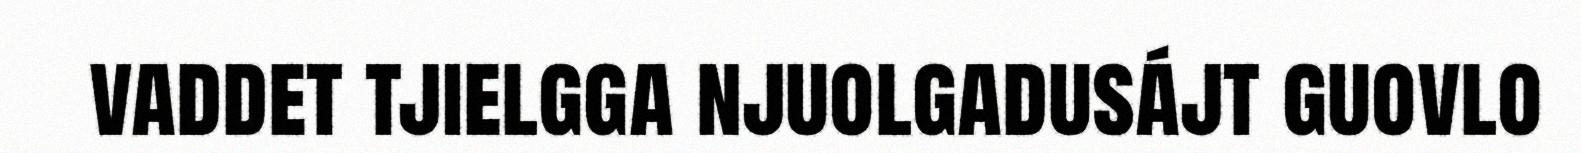
vaddet tjielgga njuolgadusájt guovlo